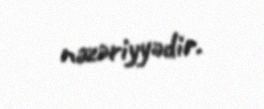
nəzəriyyədir.